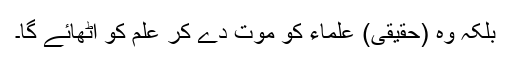
بلکہ وہ (حقیقی) علماء کو موت دے کر علم کو اٹھائے گا۔